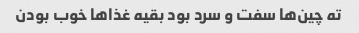
ته چین‌ها سفت و سرد بود بقیه غذاها خوب بودن